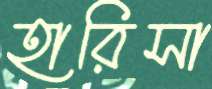
হারিসা